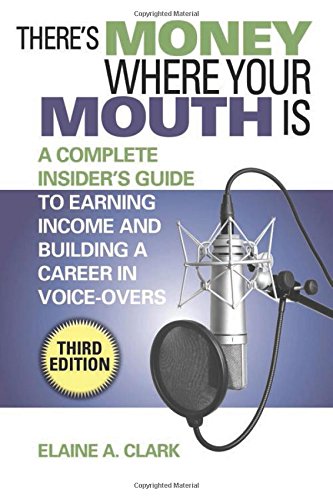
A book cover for There's Money Where Your Mouth Is: A Complete Insider's Guide to Earning Income and Building a Career in Voice-Overs; Elaine A. Clark; Humor & Entertainment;